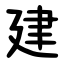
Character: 建